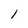
Character: 1